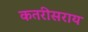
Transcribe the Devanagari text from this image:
कतरीसराय